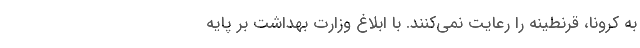
به کرونا، قرنطینه را رعایت نمی‌کنند. با ابلاغ وزارت بهداشت بر پایه